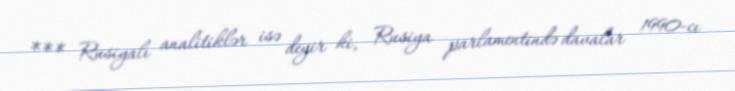
*** Rusiyalı analitiklər isə deyir ki, Rusiya parlamentində davalar 1990-cı